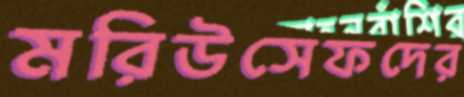
মরিউসেফদের